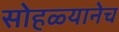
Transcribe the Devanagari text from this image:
सोहळ्यानेच